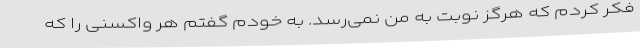
فکر کردم که هرگز نوبت به من نمی‌رسد. به خودم گفتم هر واکسنی را که